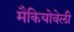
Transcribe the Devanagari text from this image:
मैकियोवेली